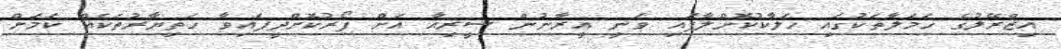
އިޒްރޭލުގެ ހަމަލާތަކުގައި ހަލާކުކޮށްލާފައި ވަނީ އީރާނުން ސީރިއާ އަށް ފޯރުކޮށްދީފައިވާ ހަތިޔާރުތަކެއް ކަމަށް